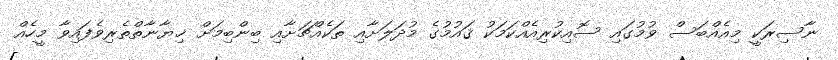
ނާސިރަކީ މިއެއްބަސް ވުމުގައި ސޮއިކުރިއެއްކަމަކު ޤައުމުގެ މުދަލަށާއި ތަކެއްޗަށާއި ބިންބިމަށް ޚިޔާނާތްތެރިވެފައިވާ މީހެއް